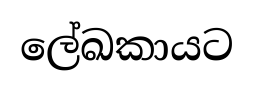
ලේඛකායට